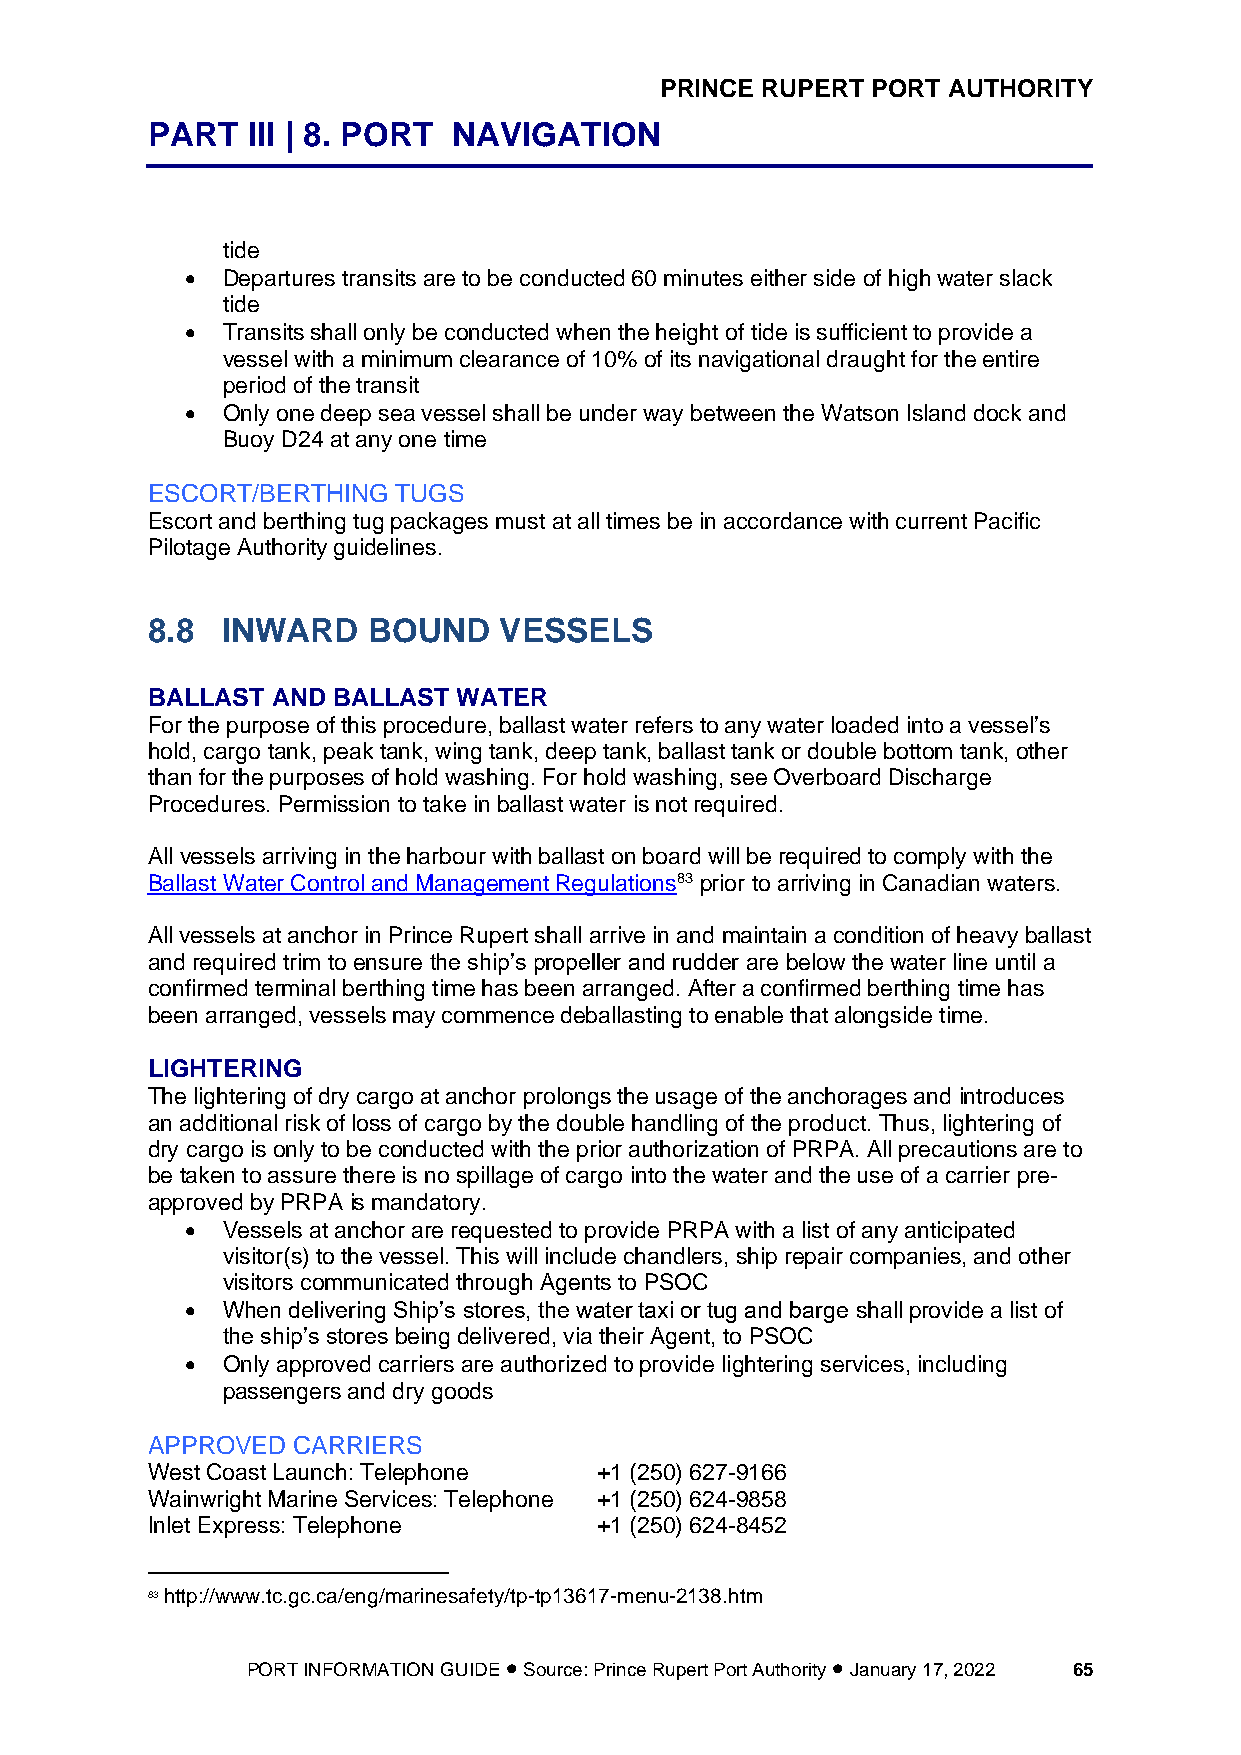
PRINCE RUPERT PORT AUTHORITY
 PART  III | 8. PORT NAVIGATION
 tide
 •  Departures transits are to be conducted 60 minutes either side of high water slack
 tide
 •  Transits shall only be conducted when the height of tide is sufficient to provide a
 vessel with a minimum clearance of 10% of its navigational draught for the entire
 period of the transit
 •  Only one deep sea vessel shall be under way between the Watson Island dock and
 Buoy D24 at any one time
 ESCORT/BERTHING TUGS
 Escort and berthing tug packages must at all times be in accordance with current Pacific
 Pilotage Authority guidelines.
 8.8  INWARD   BOUND    VESSELS
 BALLAST AND BALLAST WATER
 For the purpose of this procedure, ballast water refers to any water loaded into a vessel’s
 hold, cargo tank, peak tank, wing tank, deep tank, ballast tank or double bottom tank, other
 than for the purposes of hold washing. For hold washing, see Overboard Discharge
 Procedures. Permission to take in ballast water is not required.
 All vessels arriving in the harbour with ballast on board will be required to comply with the
 Ballast Water Control and Management Regulations83 prior to arriving in Canadian waters.
 All vessels at anchor in Prince Rupert shall arrive in and maintain a condition of heavy ballast
 and required trim to ensure the ship’s propeller and rudder are below the water line until a
 confirmed terminal berthing time has been arranged. After a confirmed berthing time has
 been arranged, vessels may commence deballasting to enable that alongside time.
 LIGHTERING
 The lightering of dry cargo at anchor prolongs the usage of the anchorages and introduces
 an additional risk of loss of cargo by the double handling of the product. Thus, lightering of
 dry cargo is only to be conducted with the prior authorization of PRPA. All precautions are to
 be taken to assure there is no spillage of cargo into the water and the use of a carrier pre-
 approved by PRPA is mandatory.
 •  Vessels at anchor are requested to provide PRPA with a list of any anticipated
 visitor(s) to the vessel. This will include chandlers, ship repair companies, and other
 visitors communicated through Agents to PSOC
 •  When delivering Ship’s stores, the water taxi or tug and barge shall provide a list of
 the ship’s stores being delivered, via their Agent, to PSOC
 •  Only approved carriers are authorized to provide lightering services, including
 passengers and dry goods
 APPROVED CARRIERS
 West Coast Launch: Telephone  +1 (250) 627-9166
 Wainwright Marine Services: Telephone +1 (250) 624-9858
 Inlet Express: Telephone      +1 (250) 624-8452
 83 http://www.tc.gc.ca/eng/marinesafety/tp-tp13617-menu-2138.htm
 PORT INFORMATION GUIDE • Source: Prince Rupert Port Authority • January 17, 2022 65